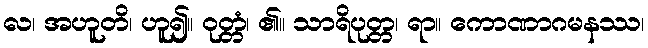
လ၊ အဟူတိ၊ ဟူ၍။ ဝုတ္တံ၊ ၏။ သာရိပုတ္တ၊ ရာ။ ကောဏာဂမနဿ၊